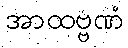
အာထဗ္ဗဏံ